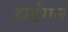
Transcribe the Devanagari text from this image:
हार्डमन